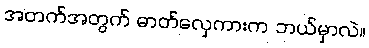
အတက်အတွက် ဓာတ်လှေကားက ဘယ်မှာလဲ။